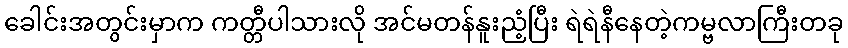
ခေါင်းအတွင်းမှာက ကတ္တီပါသားလို အင်မတန်နူးညံ့ပြီး ရဲရဲနီနေတဲ့ကမ္ဗလာကြီးတခု